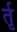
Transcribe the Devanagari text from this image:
र्तृ